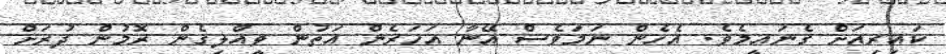
ކައިރިއަށް ގެނައީމެވެ. އެހެން ނަމަވެސް އޭނާ އަހަރެން އަތުން ވީއްލިގެން ރޮމުން ދުރަށް